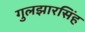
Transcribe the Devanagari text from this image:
गुलझारसिंह